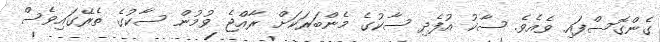
ގެންގޮސްފައި ވެއެވެ. ސާކު އުފެދި ސާކުގެ މެންބަރަކަށް ރާއްޖެ ވުމުން ސާކުގެ ތެރޭގައިވެސް